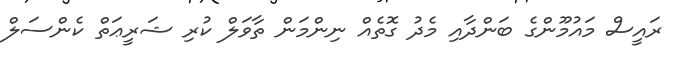
ރައީސް މައުމޫންގެ ބަންދާއި މެދު ގޮތެއް ނިންމަން ތާވަލް ކުރި ޝަރީޢަތް ކެންސަލް